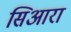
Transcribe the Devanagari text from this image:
सिआरा